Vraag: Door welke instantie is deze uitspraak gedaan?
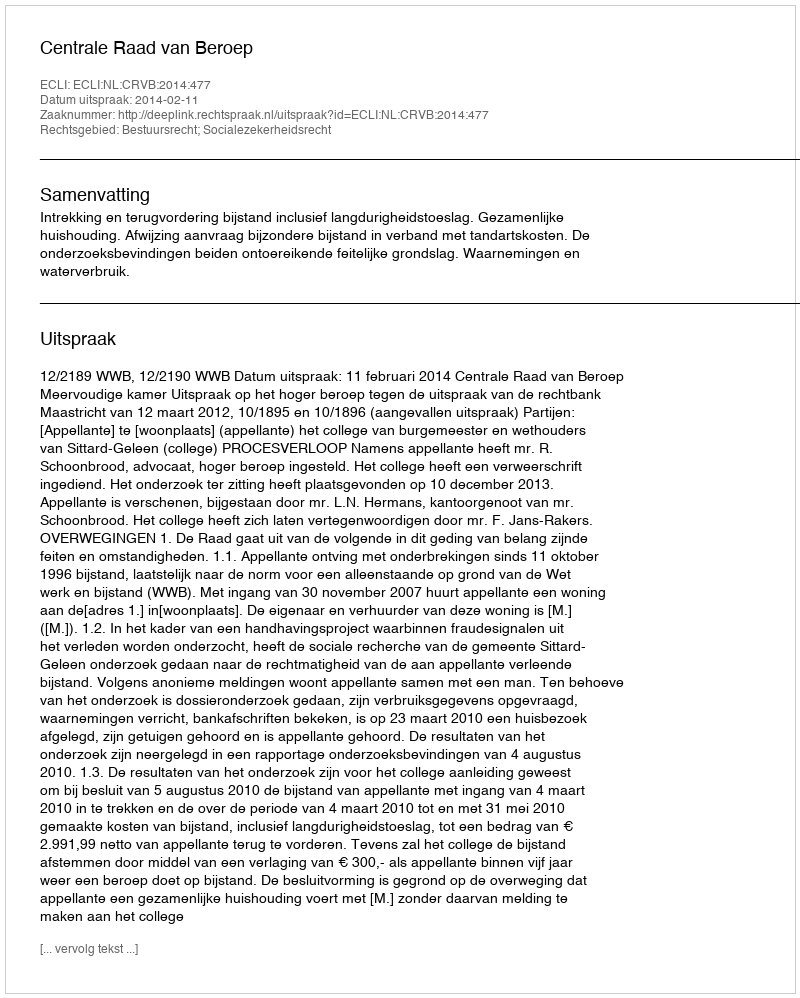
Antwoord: Centrale Raad van Beroep